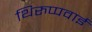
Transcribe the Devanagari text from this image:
थिरुप्पवाई